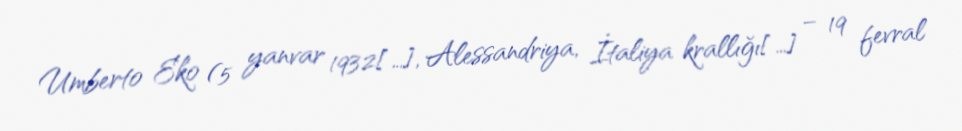
Umberto Eko (5 yanvar 1932[…], Alessandriya, İtaliya krallığı[…] – 19 fevral